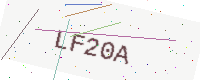
Text: LF20A